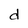
Character: d